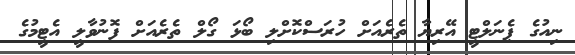
ނިއުގެ ޕެނަލްޓީ އޭރިޔާ ތެރެއަށް ހުރަސްކޮށްލި ބޯޅަ ގޯލް ތެރެއަށް ފޮނުވާލީ އެޓީމުގެ